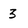
Character: 3